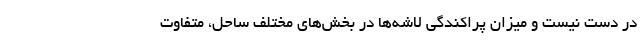
در دست نیست و میزان پراکندگی لاشه‌ها در بخش‌های مختلف ساحل، متفاوت